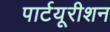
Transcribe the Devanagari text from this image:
पार्टयूरीशन